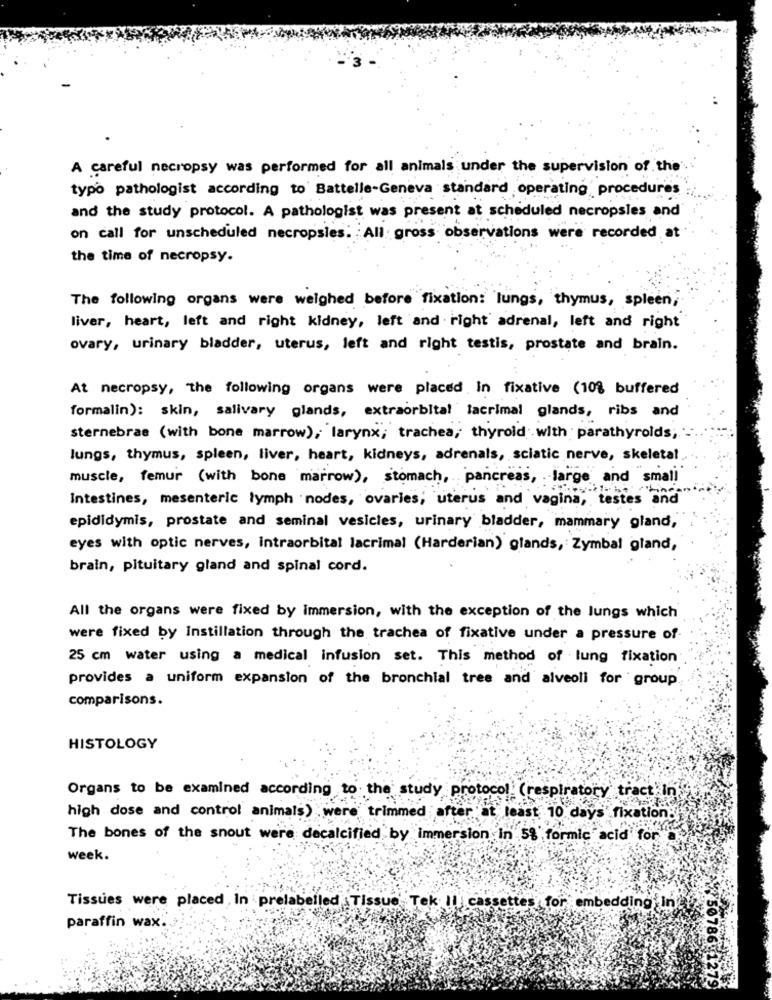
A careful necropsy was performed for all animals under the supervision of the'.
typo pathologist according to Battelle-Geneva standard operating procedures
and the study protocol. A pathologist was present at scheduled necropsles and
on call for unscheduled necropsles. All gross observations were recorded at
the time of necropsy.
The following organs were weighed before fixation: lungs, thymus, spleen,
liver, heart, left and right kidney, left and right' adrenal, left and right
ovary, urinary bladder, uterus, left and right testis, prostate and brain.
At necropsy, "the following organs were placed in fixative (10% buffered
formalin): skin, salivary glands, extraorbital lacrimal glands, ribs and
sternebrae (with bone marrow), larynx; trachea, thyroid with parathyroids; -
lungs, thymus, spleen, liver, heart, kidneys, adrenals, sciatic nerve, skeletal
muscle, femur (with bone marrow), stomach, pancreas, large and small
Intestines, mesenteric lymph nodes, ovaries; uterus and vagina, testes and
epididymis, prostate and seminal vesicles, urinary bladder, mammary gland,
eyes with optic nerves, intraorbital lacrimal (Harderian) glands, Zymbal gland,
brain, pituitary gland and spinal cord.
All the organs were fixed by immersion, with the exception of the lungs which
were fixed by Instillation through the trachea of fixative under a pressure of-
25 cm water using a medical infusion set. This method of lung fixation
provides a uniform expansion of the bronchial tree and alveoli for group
comparisons.
HISTOLOGY
Organs to be examined according to the' study protocol (respiratory tract'in
high dose and control animals) were trimmed after at least 10 days fixation.
The bones of the snout were decalcified by immersion in 5% formic acid for a
week.
Tissues were placed In prelabelled Tissue Tek || cassettes for embedding in!
paraffin wax ..
50786